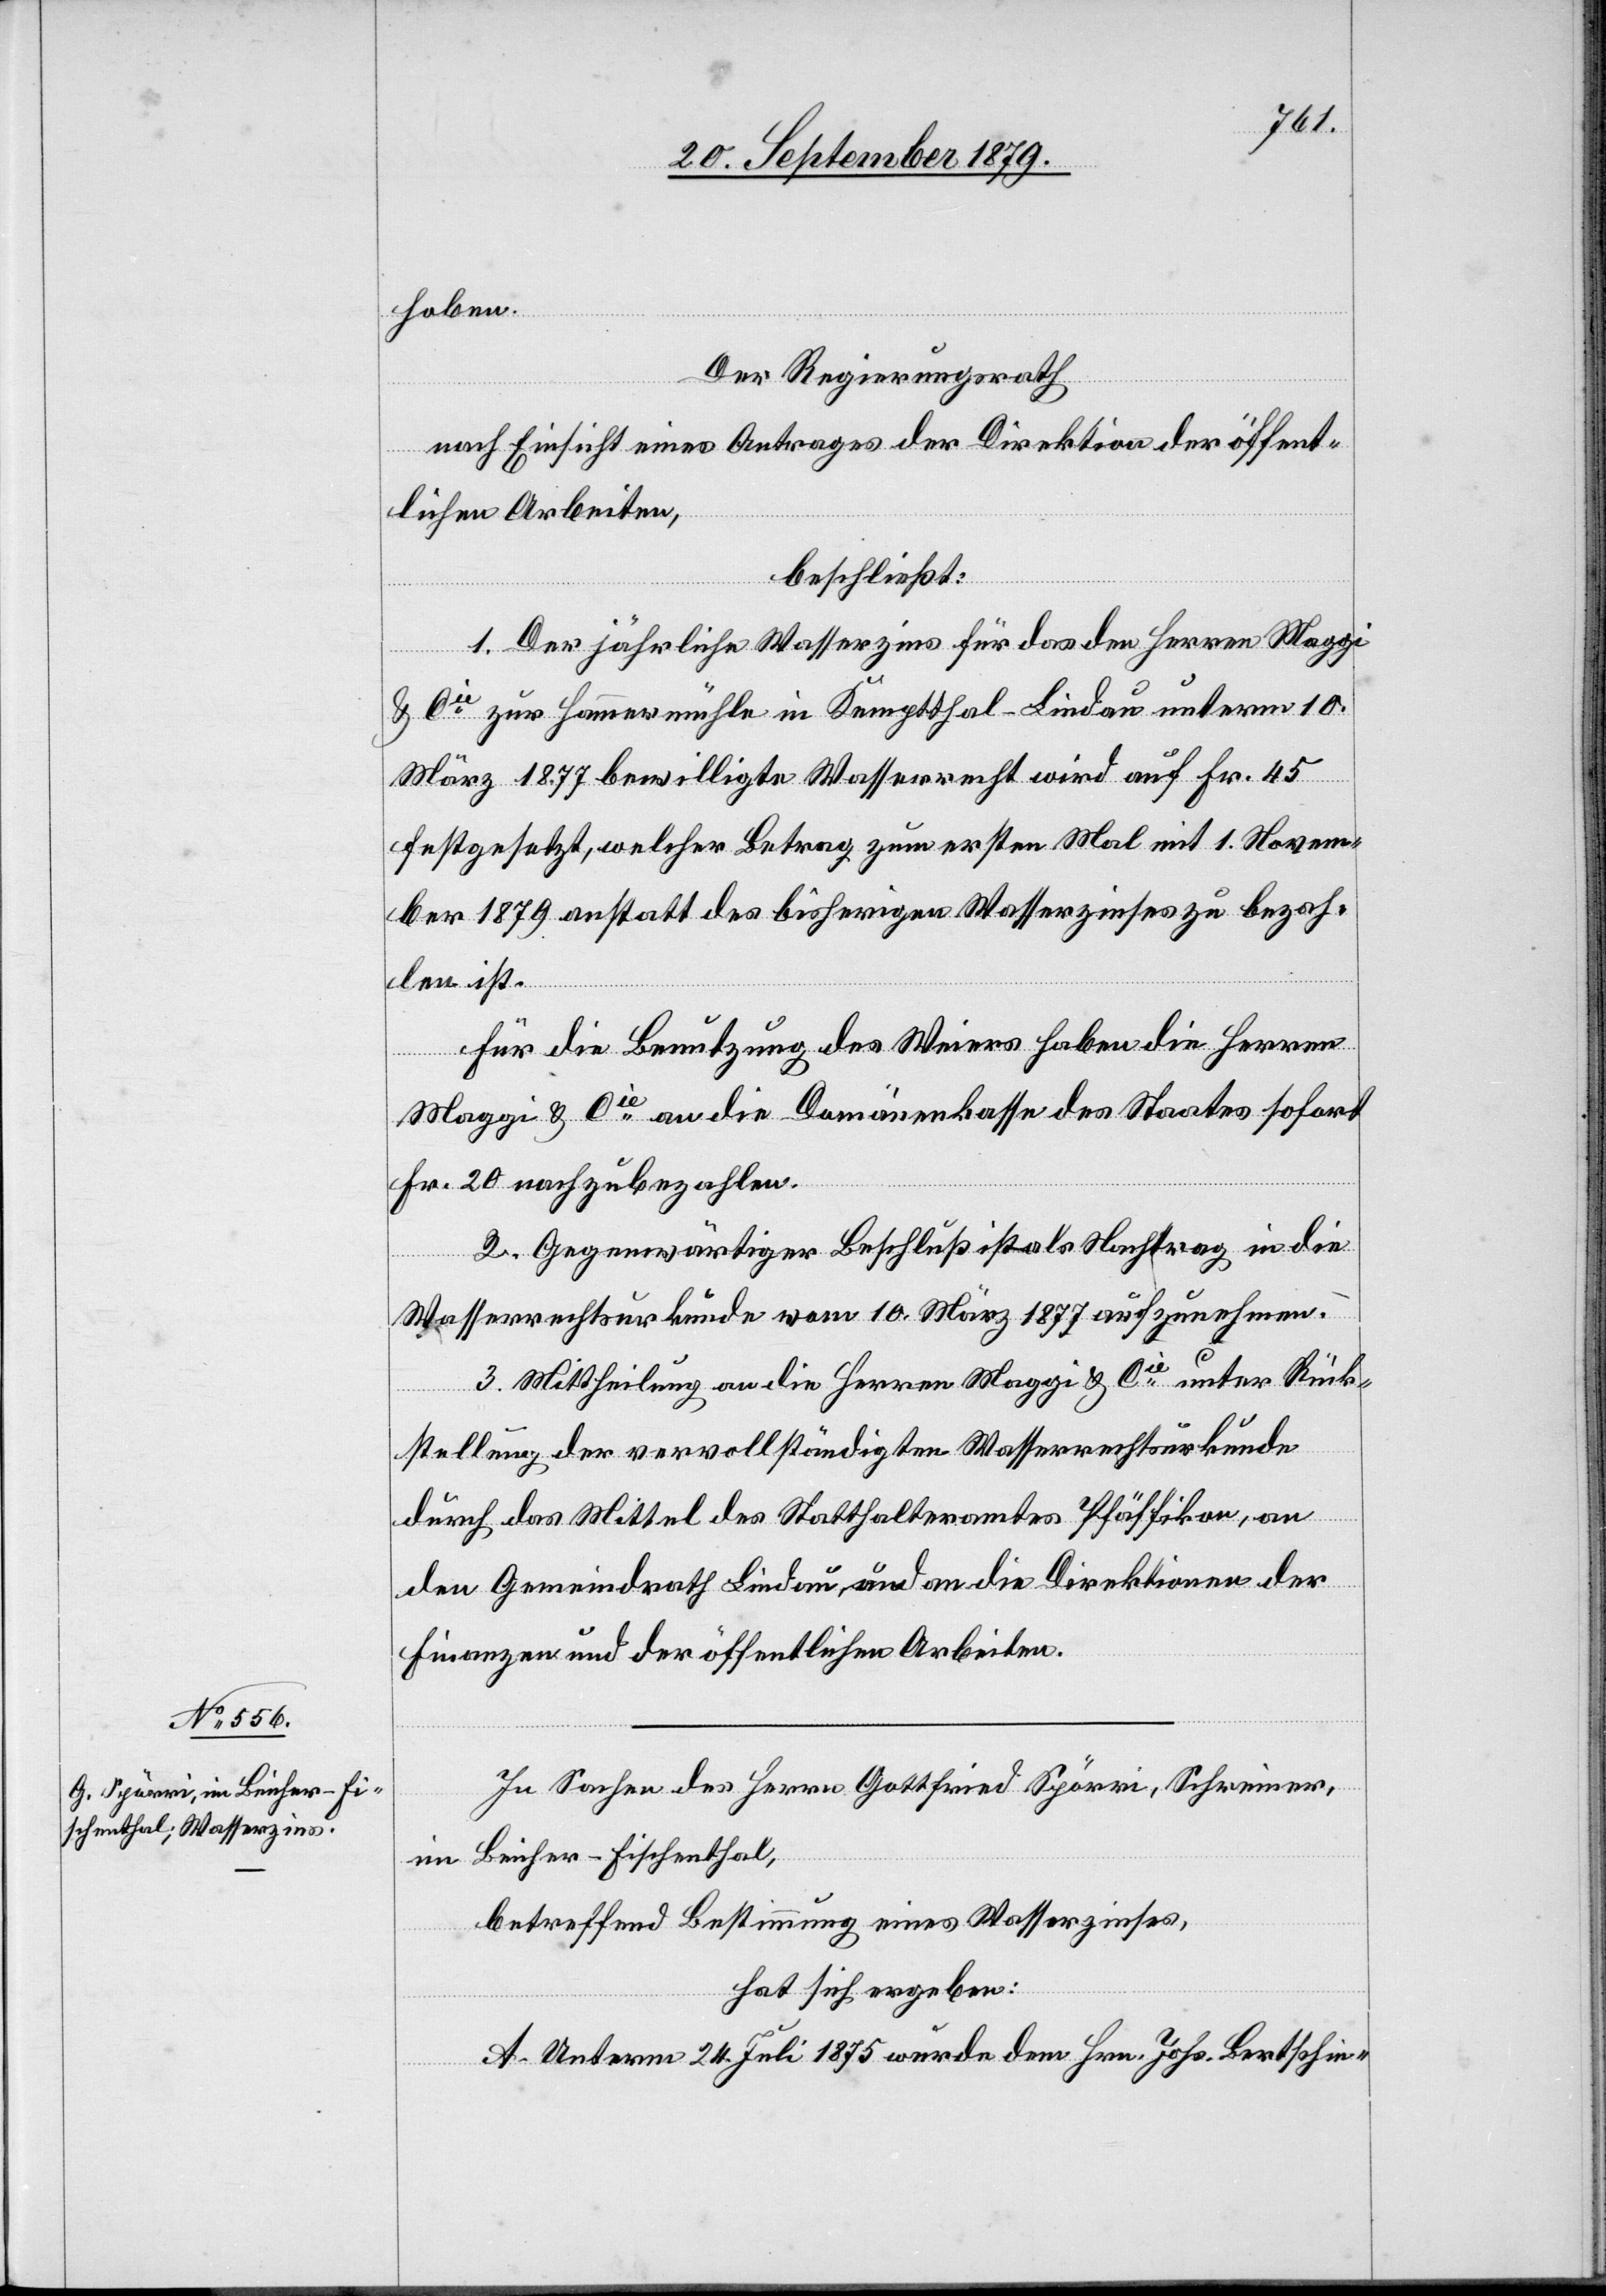
hoben.
Der Regierungsrath
nach Einsicht eines Antrages der Direktion der öffent¬
lichen Arbeiten,
beschließt:
1. Der jährliche Wasserzins für das den Herren Maggi
& Cie zur Hammermühle in Kemptthal - Lindau unterm 10.
März 1877 bewilligte Wasserrecht wird auf Fr. 45
festgesetzt, welcher Betrag zum ersten Mal mit 1. Novem¬
ber 1879 anstatt des bisherigen Wasserzinses zu bezah¬
len ist.
Für die Benutzung des Weiers haben die Herren
Maggi & Cie an die Domänenkasse des Staates sofort
Fr. 20 nachzubezahlen.
2. Gegenwärtiger Beschluß ist als Nachtrag in die
Wasserrechtsurkunde vom 10. März 1877 aufzunehmen.
3. Mittheilung an die Herren Maggi & Cie unter Rück¬
stellung der vervollständigten Wasserrechtsurkunde
durch das Mittel des Statthalteramtes Pfäffikon, an
den Gemeindrath Lindau, und an die Direktionen der
Finanzen und der öffentlichen Arbeiten.
In Sachen des Herrn Gottfried Spörri, Schreiner,
im Beicher - Fischenthal,
betreffend Bestimmung eines Wasserzinses,
hat sich ergeben:
A. Unterm 24. Juli 1875 wurde dem Hrn. Johs. Bertschin-